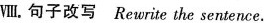
Ⅷ.句子改写 Rewrite the sentence.